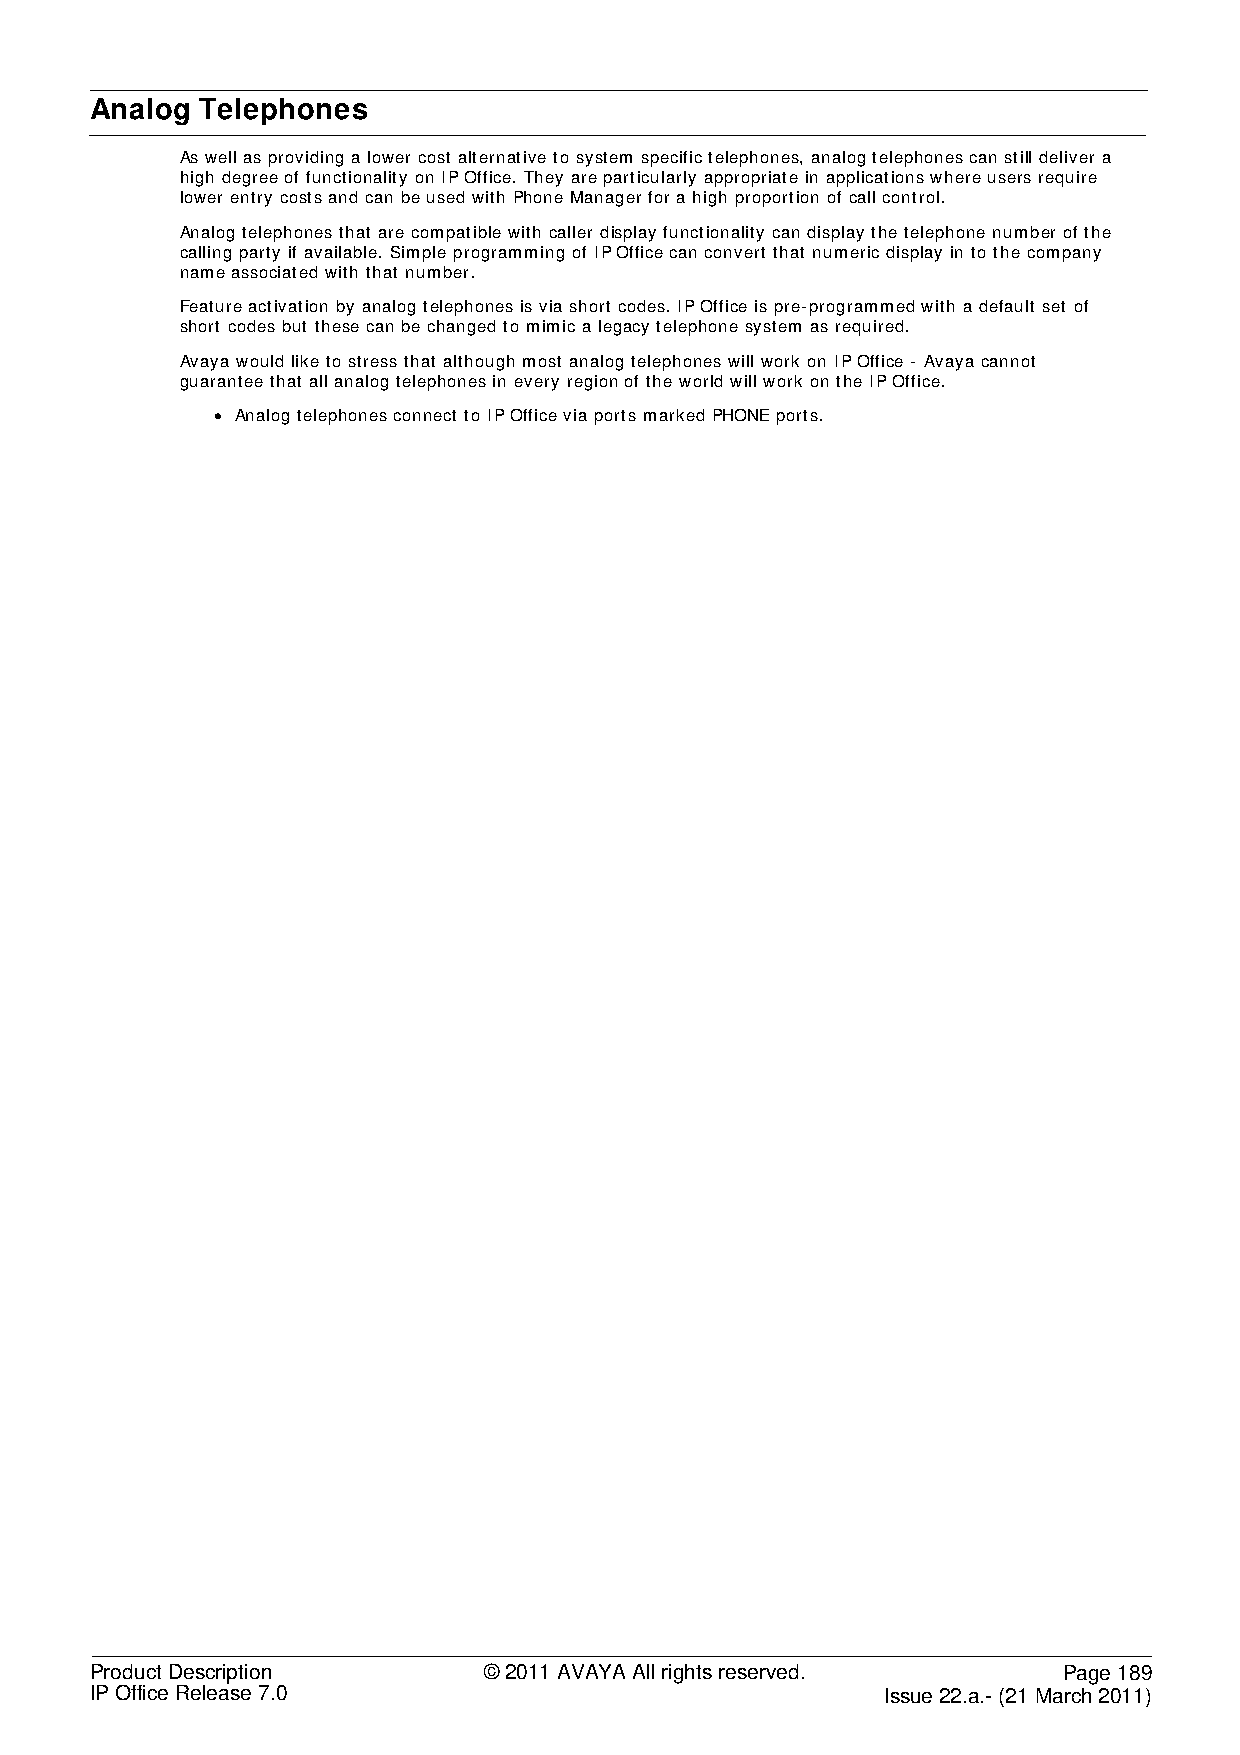
Analog Telephones
 As well as providing a lower cost alternative to system specific telephones, analog telephones can still deliver a
 high degree of functionality on IP Office. They are particularly appropriate in applications where users require
 lower entry costs and can be used with Phone Manager for a high proportion of call control.
 Analog telephones that are compatible with caller display functionality can display the telephone number of the
 calling party if available. Simple programming of IP Office can convert that numeric display in to the company
 name associated with that number.
 Feature activation by analog telephones is via short codes. IP Office is pre-programmed with a default set of
 short codes but these can be changed to mimic a legacy telephone system as required.
 Avaya would like to stress that although most analog telephones will work on IP Office - Avaya cannot
 guarantee that all analog telephones in every region of the world will work on the IP Office.
 • Analog telephones connect to IP Office via ports marked PHONE ports.
 Product Description       © 2011 AVAYA All rights reserved.     Page 189
 IP Office Release 7.0                                Issue 22.a.- (21 March 2011)